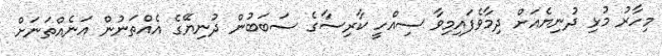
މިހާރު މުޅި ދުނިޔެއަށް ދިމާވެފައިމިވާ ސިއްހީ ކާރިސާގެ ސަބަބުން ދުނިޔޭގެ އެއްތަނުން އަނެއްތަނަށް